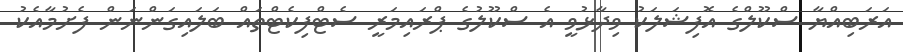
އަރަބިއްޔާ ސްކޫލްގެ އޮފިޝަލަކު ވިދާޅުވީ އެ ސްކޫލުގެ ޕްރައިމަރީ ސެޓްފިކެޓްތައް ބަލައިގަންނަން ފެށުމާއެކު